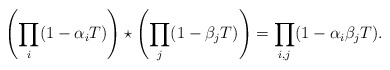
\begin{align*} \left(\prod_i(1-\alpha_i T)\right)\star\left(\prod_j(1-\beta_j T)\right) = \prod_{i,j}(1-\alpha_i\beta_j T). \end{align*}